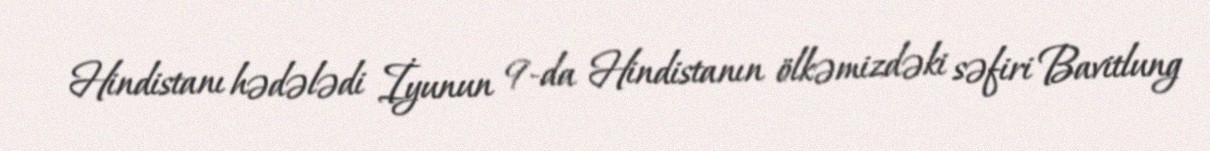
Hindistanı hədələdi İyunun 9-da Hindistanın ölkəmizdəki səfiri Bavitlung